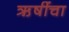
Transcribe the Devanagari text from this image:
ऋ़षींचा